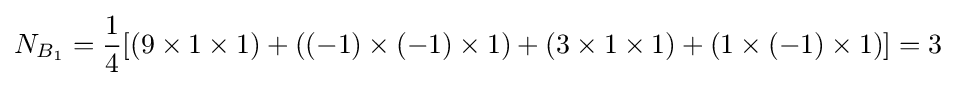
N_{B_{1}}={\frac {1}{4}}[(9\times 1\times 1)+((-1)\times (-1)\times 1)+(3\times 1\times 1)+(1\times (-1)\times 1)]=3